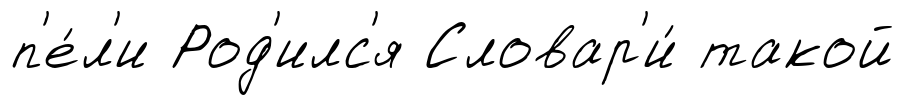
п'е́л'и Род'илс'я Словар'и́ такой